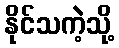
နိုင်သကဲ့သို့